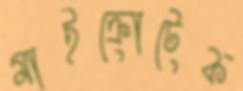
মাইক্রোটেক